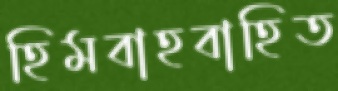
হিমবাহবাহিত